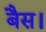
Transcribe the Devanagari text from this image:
बैस।